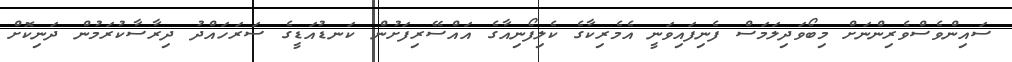
ސައިންވެސްވެރިންނަށް މިބޯވަދިލަމަސް ފެނިފައިވަނީ އެމެރިކާގެ ކެލިފޯނިއާގެ އައްސޭރިފަށުން ކަނޑުއަޑީގެ ސަރަހައްދު ދިރާސާކުރަމުން ދަނިކޮށް